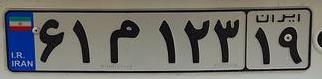
۶۱م۱۲۳۱۹